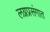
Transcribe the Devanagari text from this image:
लग्नप्रसंगात